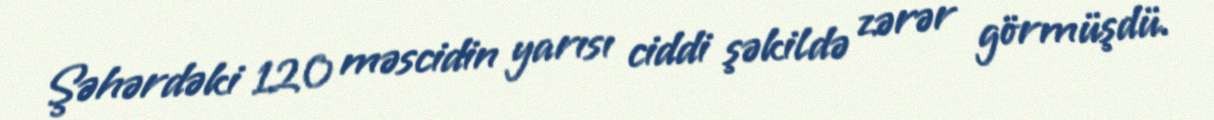
Şəhərdəki 120 məscidin yarısı ciddi şəkildə zərər görmüşdü.